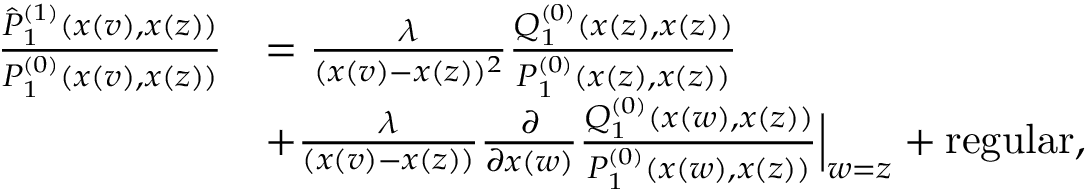
\begin{array} { r l } { \frac { \hat { P } _ { 1 } ^ { ( 1 ) } ( x ( v ) , x ( z ) ) } { P _ { 1 } ^ { ( 0 ) } ( x ( v ) , x ( z ) ) } } & { = \frac { \lambda } { ( x ( v ) - x ( z ) ) ^ { 2 } } \frac { Q _ { 1 } ^ { ( 0 ) } ( x ( z ) , x ( z ) ) } { P _ { 1 } ^ { ( 0 ) } ( x ( z ) , x ( z ) ) } } \\ & { + \frac { \lambda } { ( x ( v ) - x ( z ) ) } \frac { \partial } { \partial x ( w ) } \frac { Q _ { 1 } ^ { ( 0 ) } ( x ( w ) , x ( z ) ) } { P _ { 1 } ^ { ( 0 ) } ( x ( w ) , x ( z ) ) } \Big | _ { w = z } + \mathrm { r e g u l a r } , } \end{array}